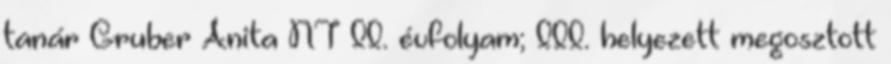
tanár Gruber Anita NT II. évfolyam; III. helyezett megosztott